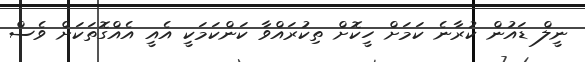
ނީލް ޑައުން ކުރާނެ ކަމަށް ހީކޮށް ތިކުރައްވާ ކަންކަމަކީ އެއީ އެއްގޮތަކަށް ވެސް